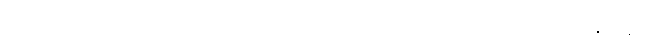
သို့ဖြစ်လျှင် လူ့လောကကြီးအတွက် မည်သည့် အရာသည် ကောင်းသည်ဟု ဆုံးဖြတ်ရာ၌ ရာဇဝင်ဆရာ